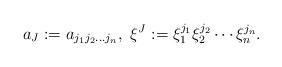
LaTeX: \begin{align*}a_J:=a_{j_1 j_2 \dots j_n}, \ \xi^J:=\xi_1^{j_1}\xi_2^{j_2}\cdots \xi_n^{j_n}.\end{align*}